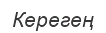
Керегең